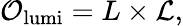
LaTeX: \mathcal{O}_{\mathrm{lumi}}=L\times\mathcal{L},